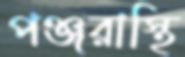
পঞ্জরাস্থি